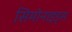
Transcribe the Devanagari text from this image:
सिमोनाइड्स